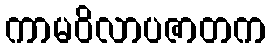
ကာမဝိလာပဇာတက